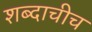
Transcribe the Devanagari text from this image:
शब्दाचीच